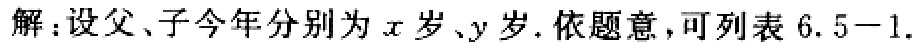
解：设父、子今年分别为\(x\)岁、\(y\)岁. 依题意，可列表 \(6.5 - 1\).